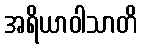
အရိယာဝါသာတိ